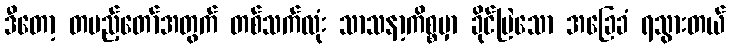
ဒီတော့ တပည့်တော်အတွက် တစ်သက်လုံး သာသနာ့ကိစ္စမှာ ခိုင်မြဲသော အခြေခံ ရသွားတယ်